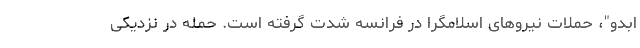
ابدو"، حملات نیروهای اسلامگرا در فرانسه شدت گرفته است. حمله در نزدیکی